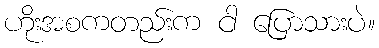
ဟိုးအစကတည်းက ငါ ပြောသားပဲ။